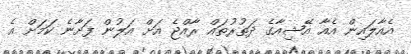
އެއާލައިން އެއާ އޭޝިއާގެ ދަތުރުތައް ރާއްޖެ އަށް އަލުން ފަށާނެ ކަމަށް އެ